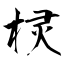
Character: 棂